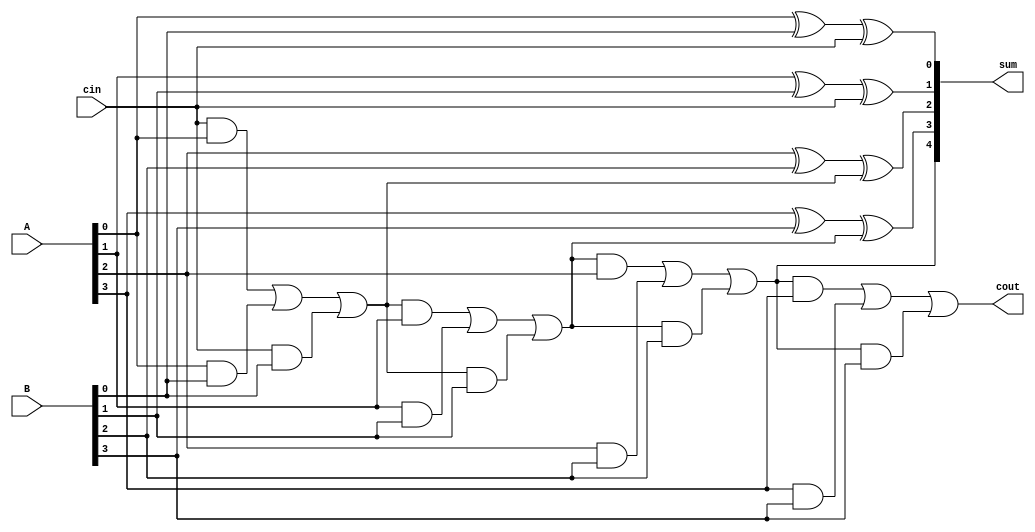
module manchester_carry_chain_adder (
    input wire [3:0] A,
    input wire [3:0] B,
    input wire cin,
    output reg [4:0] sum,
    output reg cout
);

reg [4:0] c; // carry chain

always @* begin
    c[0] = cin;
    c[1] = c[0] & A[0] | A[0] & B[0] | c[0] & B[0];
    c[2] = c[1] & A[1] | A[1] & B[1] | c[1] & B[1];
    c[3] = c[2] & A[2] | A[2] & B[2] | c[2] & B[2];
    c[4] = c[3] & A[3] | A[3] & B[3] | c[3] & B[3];
end

always @* begin
    sum[0] = A[0] ^ B[0] ^ cin;
    sum[1] = A[1] ^ B[1] ^ c[0];
    sum[2] = A[2] ^ B[2] ^ c[1];
    sum[3] = A[3] ^ B[3] ^ c[2];
    sum[4] = c[3];
    cout = c[4];
end

endmodule